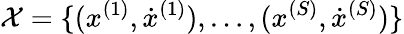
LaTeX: \mathcal X=\{ (x^{(1)},\dot{x}^{(1)}),\dots,(x^{(S)},\dot{x}^{(S)})\}